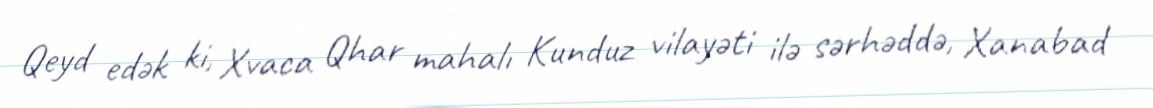
Qeyd edək ki, Xvaca Qhar mahalı Kunduz vilayəti ilə sərhəddə, Xanabad